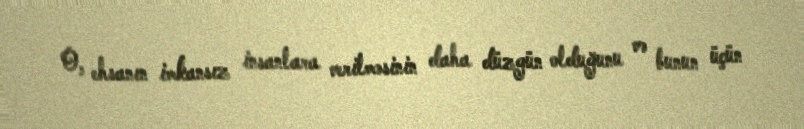
O, ehsanın imkansız insanlara verilməsinin daha düzgün olduğunu və bunun üçün